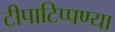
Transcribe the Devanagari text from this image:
टीपाटिप्पण्या